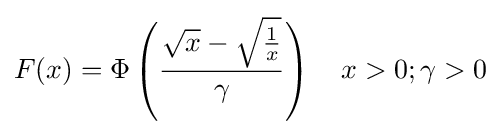
F(x)=\Phi \left({\frac {{\sqrt {x}}-{\sqrt {\frac {1}{x}}}}{\gamma }}\right)\quad x>0;\gamma >0